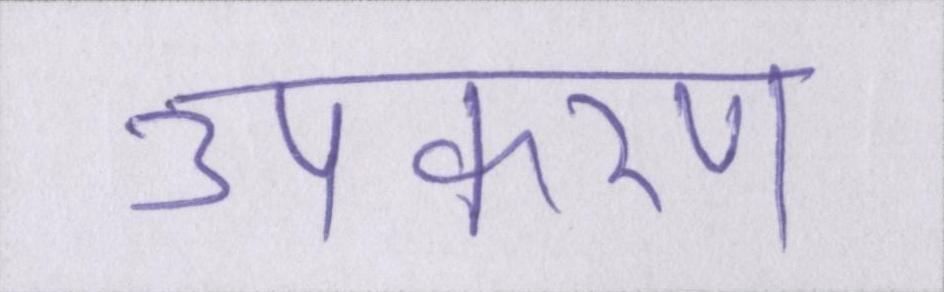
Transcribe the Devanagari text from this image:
उपकरण